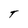
Character: T